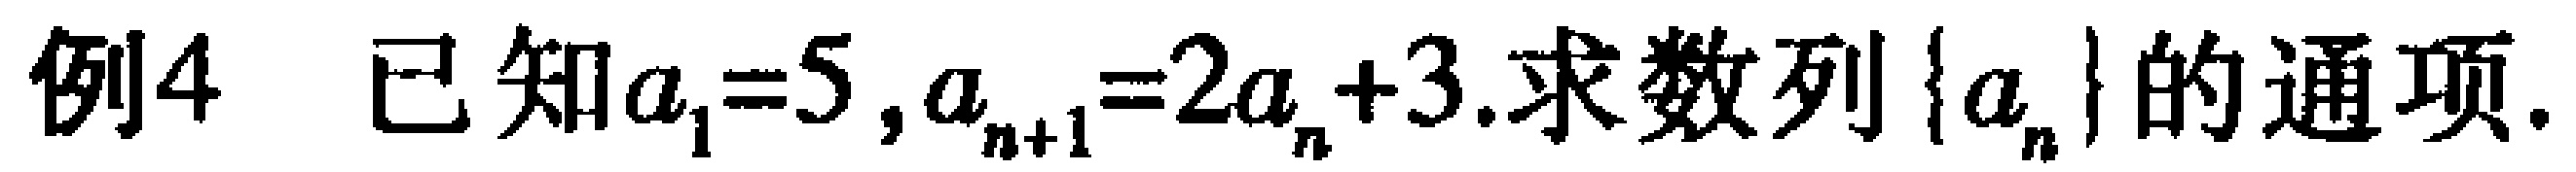
例4 已知\(a_{1}=5,a_{n + 1}=2a_{n}+3\).求数列\(\{a_{n}\}\)的通项.